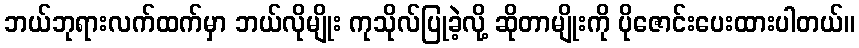
ဘယ်ဘုရားလက်ထက်မှာ ဘယ်လိုမျိုး ကုသိုလ်ပြုခဲ့လို့ ဆိုတာမျိုးကို ပိုဇောင်းပေးထားပါတယ်။